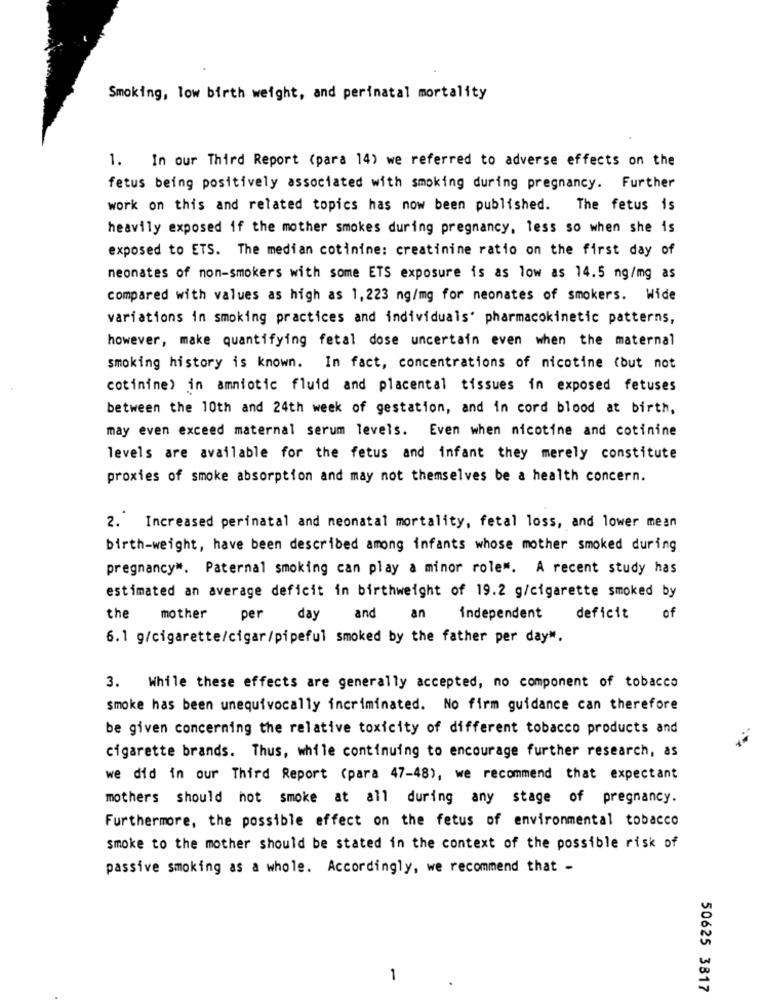
Smoking, low birth weight, and perinatal mortality
1. In our Third Report (para 14) we referred to adverse effects on the
fetus being positively associated with smoking during pregnancy. Further
work on this and related topics has now been published. The fetus is
heavily exposed if the mother smokes during pregnancy, less so when she is
exposed to ETS. The median cotinine: creatinine ratio on the first day of
neonates of non-smokers with some ETS exposure is as low as 14.5 ng/mg as
compared with values as high as 1,223 ng/mg for neonates of smokers. Wide
variations in smoking practices and individuals' pharmacokinetic patterns,
however, make quantifying fetal dose uncertain even when the maternal
smoking history is known. In fact, concentrations of nicotine (but not
cotinine) in amniotic fluid and placental tissues in exposed fetuses
between the 10th and 24th week of gestation, and in cord blood at birth,
may even exceed maternal serum levels. Even when nicotine and cotinine
levels are available for the fetus and infant they merely constitute
proxies of smoke absorption and may not themselves be a health concern.
2. Increased perinatal and neonatal mortality, fetal loss, and lower mean
birth-weight, have been described among infants whose mother smoked during
pregnancy". Paternal smoking can play a minor rolew. A recent study has
estimated an average deficit in birthweight of 19.2 g/cigarette smoked by
the
mother
per
day
and
an
independent
deficit
of
6.1 g/cigarette/cigar/pipeful smoked by the father per day".
3. While these effects are generally accepted, no component of tobacco
smoke has been unequivocally incriminated. No firm guidance can therefore
be given concerning the relative toxicity of different tobacco products and
cigarette brands. Thus, while continuing to encourage further research, as
we did in our Third Report (para 47-48), we recommend that expectant
mothers should not smoke at all during any stage of pregnancy.
Furthermore, the possible effect on the fetus of environmental tobacco
smoke to the mother should be stated in the context of the possible risk of
passive smoking as a whole. Accordingly, we recommend that -
-
50625 3817